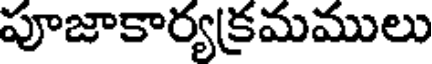
పూజాకార్యక్రమములు